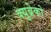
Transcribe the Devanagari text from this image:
क्युब्रेको